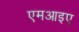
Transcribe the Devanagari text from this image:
एमआइए